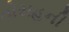
તોરાહની